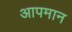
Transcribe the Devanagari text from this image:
आपमान